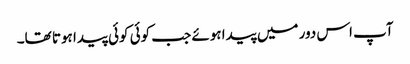
آپ اس دور میں پیدا ہوئے جب کوئی کوئی پیدا ہوتا تھا۔